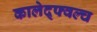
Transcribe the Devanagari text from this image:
कालेद्फ्वल्च